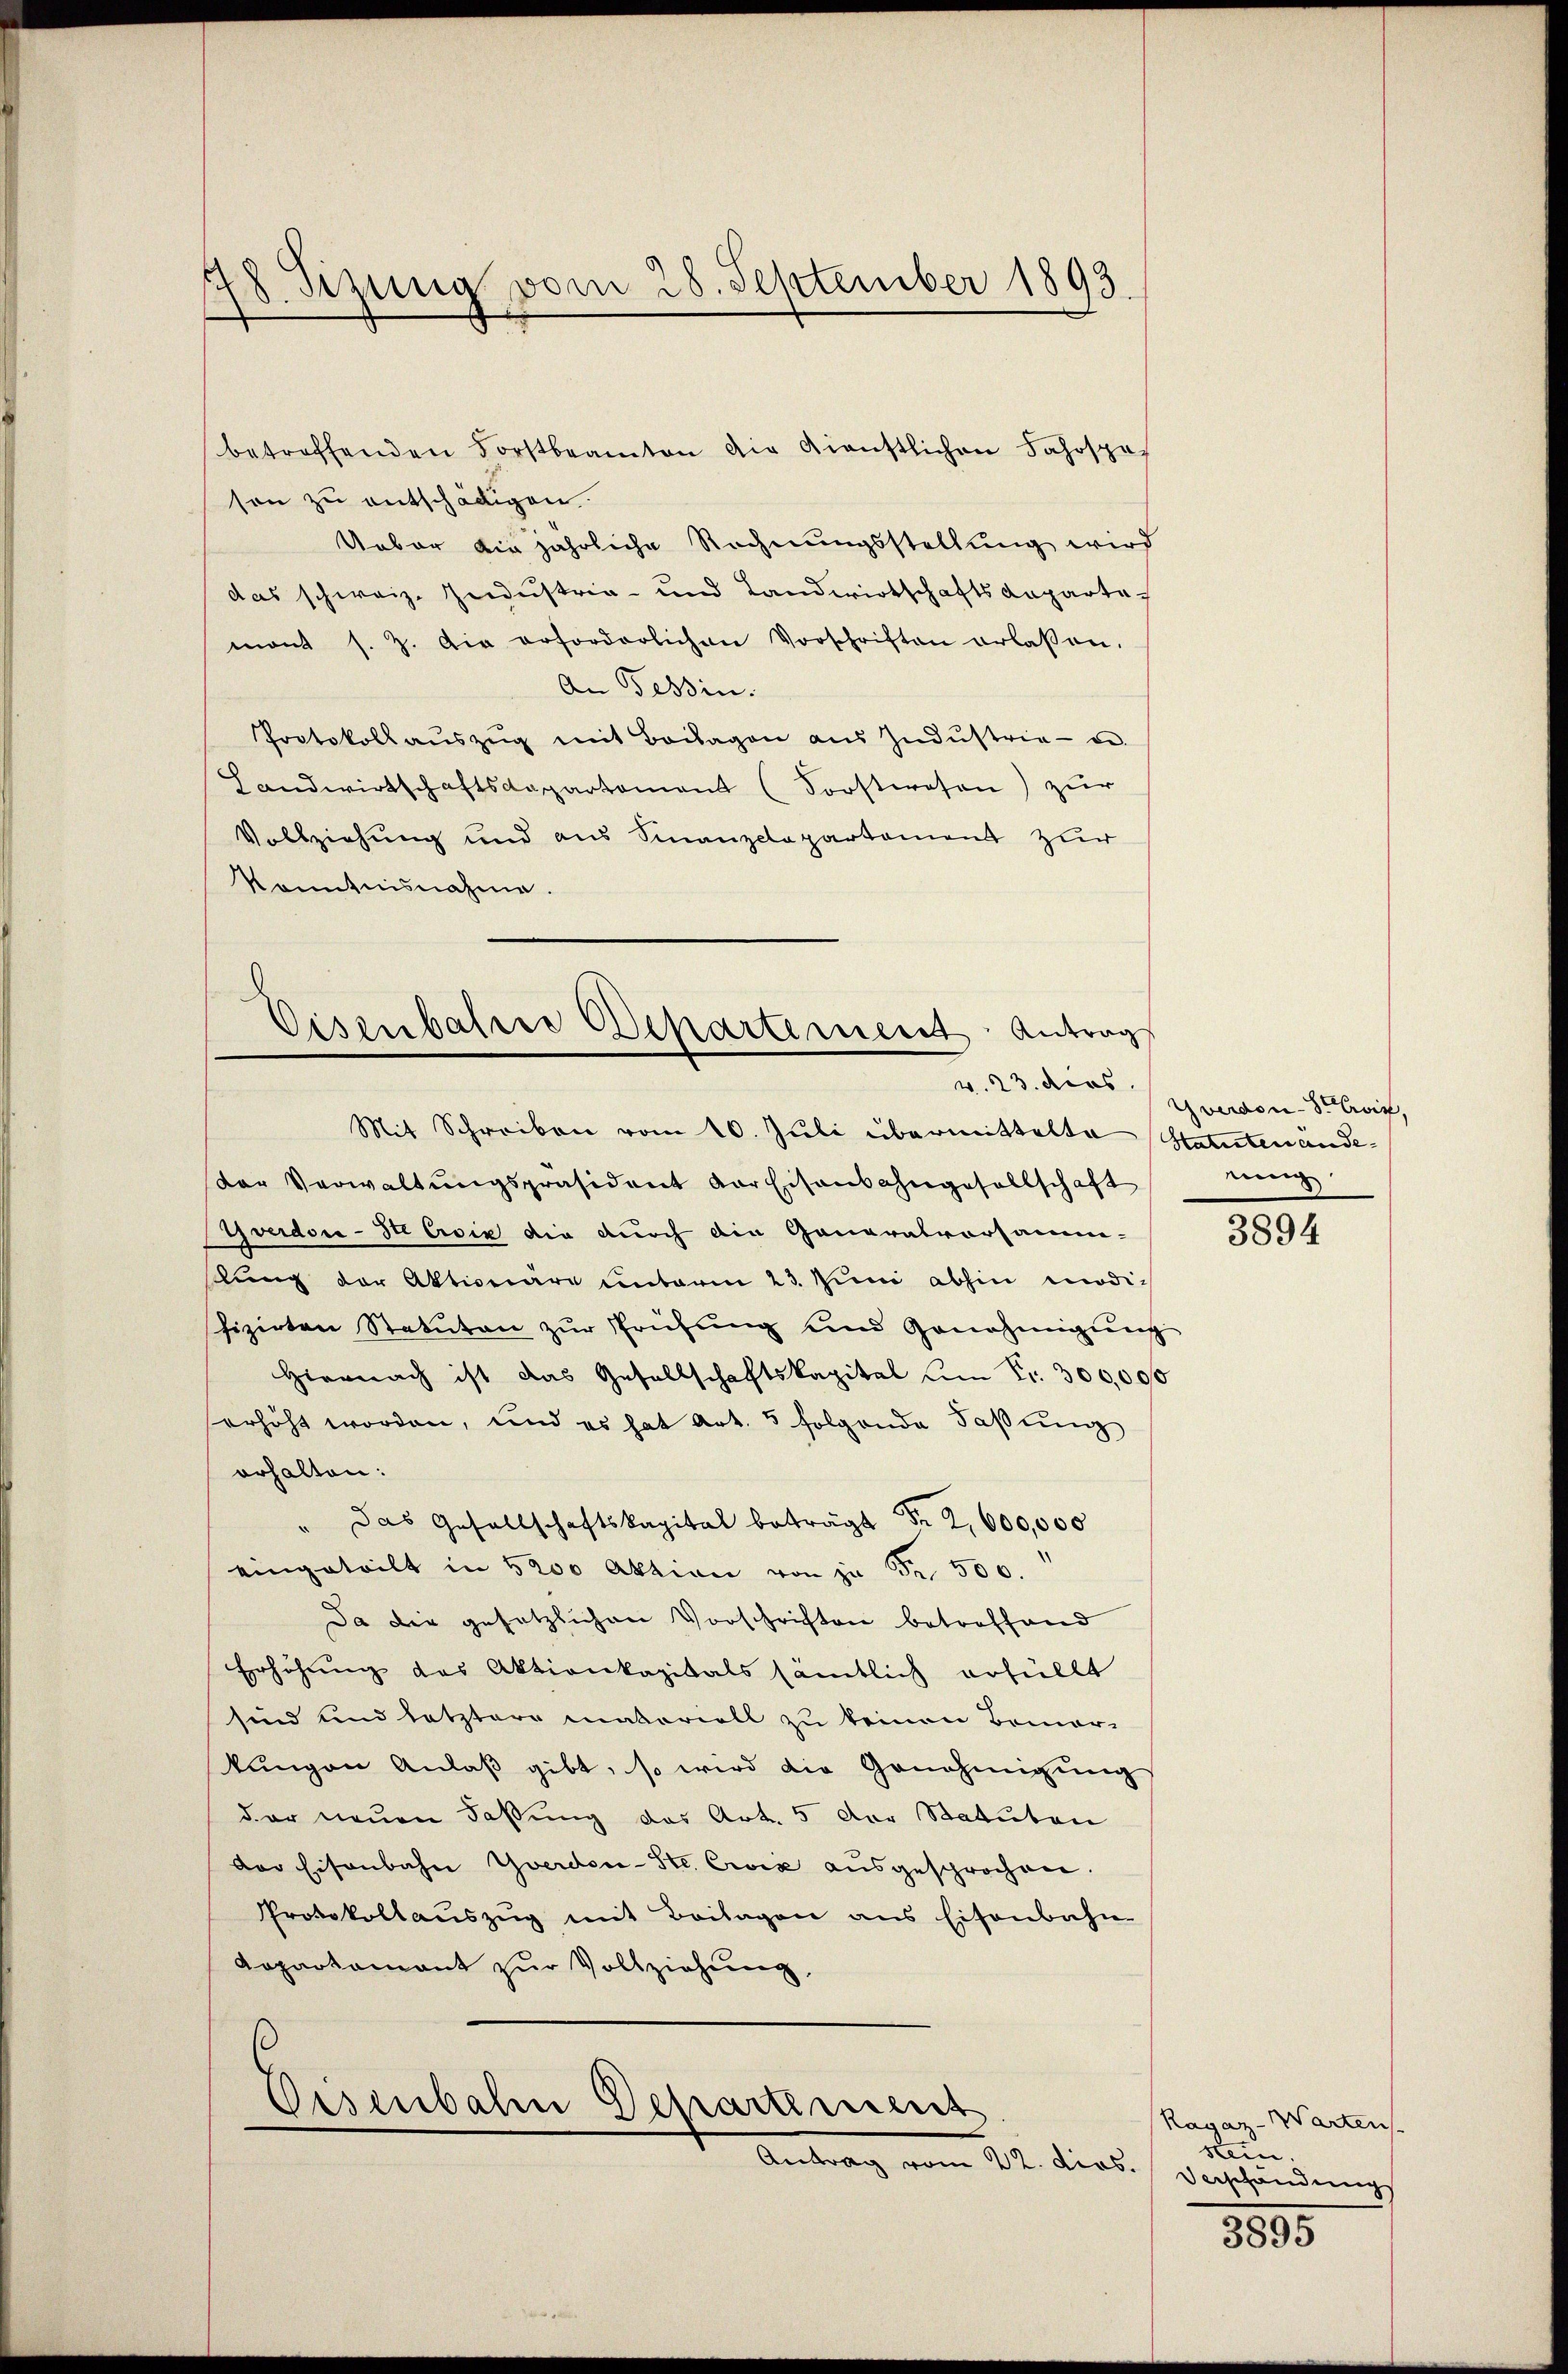
5 Sizung vom 28. September 1893.

betreffenden Forstbeamten die dienstlichen Jahrspah
son zu entschädigen.
Ueber die jährliche Rechnungsstellung wird
das schweiz. Jndustria- und Landwirtschaftsdeparte
mant s. Z. die erforderlichen Vorschriften erlassen.
An Tessin.
Protokoll aŭszŭg mit Beilagen aŭs Indŭstria- de
Landwirtschaftsdepartement (Sorstwesen) zŭr
Vollziehung und aus Sinanzelapartement zur
Konntnisnahme.

Eisenbahre Departement. Antrag
v. 23. dies

Mit Schreiben vom 10. Juli übermittelte Statutenände
dor Verwaltŭngspräsident vor Eisenbahngesellschaft einig
veidor-Ste Croix die durch die Generalvorsamm-
lung der Aktionäre unterm 23. Juni abhin modifizirten Statuten zur Prüfung und Genehmigŭng
Hiernach ist das Gesellschaftskapital um Fr. 300,000
erhöht worden, und es hat Art. 5 folgende Faßung
erhalten:
" Das Gesellschaftskapital beträgt de 2,600,000
eingeteilt in 5200 Aktion von zu Fr. 500.
Da die gesetzlichen Vorschriften betreffend
Erhöhung des Aktionkapitals sämtlich erfüllt
sind und letztere materiell zu keinen Bemer-
kungen Anlaß gibt, so wird die Genehmigung
der neuen Faßung des Art. 5 der Statuten
Der Eisenbahn Yverden-Ste. Croix aŭsgesprochen.
Protokollaŭszŭg mit Beilagen aus Eisenbahn-
Aapartamant zur Vollziehung,

Disenbahn Departissens
Antrag vom 22. ders. Verschendung

Yverdon-SCoix,

3894

Ragaz-Warten.
sein.

3535